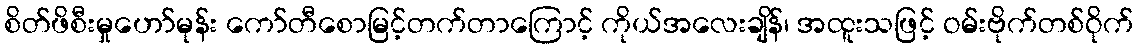
စိတ်ဖိစီးမှုဟော်မုန်း ကော်တီစောမြင့်တက်တာကြောင့် ကိုယ်အလေးချိန်၊ အထူးသဖြင့် ဝမ်းဗိုက်တစ်ဝိုက်